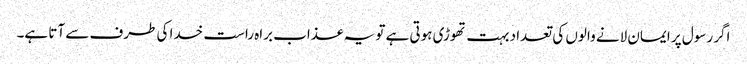
اگر رسول پر ایمان لانے والوں کی تعداد بہت تھوڑی ہوتی ہے تو یہ عذاب براہ راست خدا کی طرف سے آتا ہے۔